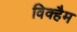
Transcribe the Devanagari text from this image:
विक्हैम